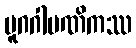
ပူဂဂါမဏိကဿ